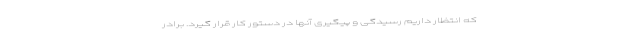
که انتظار داریم رسیدگی و پیگیری آنها در دستور کار قرار گیرد. برادر